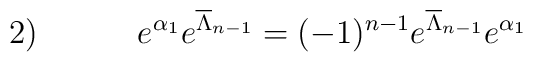
2) \hspace{.5in}             e^{\alpha_1}e^{\overline{\Lambda}_{n-1}}            =(-1)^{n-1}e^{\overline{\Lambda}_{n-1}}e^{\alpha_1}